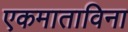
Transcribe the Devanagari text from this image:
एकमाताविना